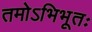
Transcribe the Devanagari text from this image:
तमोऽभिभूतः